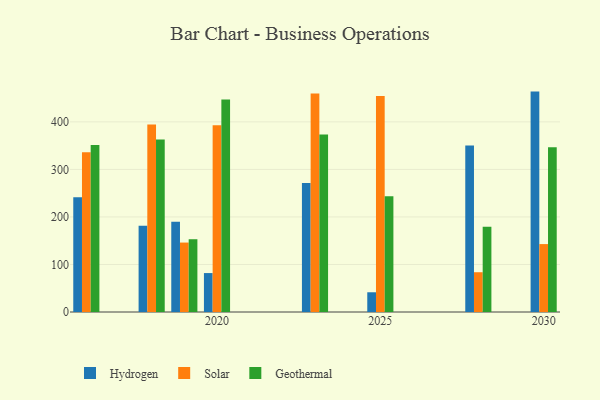
{"axis": {"x": "Year", "y": "Latency (ms)"}, "legend": ["Geothermal", "Hydrogen", "Solar"], "data": [{"x": "2020", "y": 81.9, "type": "Hydrogen"}, {"x": "2020", "y": 392.9, "type": "Solar"}, {"x": "2020", "y": 447.2, "type": "Geothermal"}, {"x": "2028", "y": 350.4, "type": "Hydrogen"}, {"x": "2028", "y": 83.7, "type": "Solar"}, {"x": "2028", "y": 179.5, "type": "Geothermal"}, {"x": "2018", "y": 181.3, "type": "Hydrogen"}, {"x": "2018", "y": 394.4, "type": "Solar"}, {"x": "2018", "y": 362.8, "type": "Geothermal"}, {"x": "2023", "y": 271.3, "type": "Hydrogen"}, {"x": "2023", "y": 459.6, "type": "Solar"}, {"x": "2023", "y": 373.4, "type": "Geothermal"}, {"x": "2016", "y": 241.4, "type": "Hydrogen"}, {"x": "2016", "y": 336.1, "type": "Solar"}, {"x": "2016", "y": 351.3, "type": "Geothermal"}, {"x": "2025", "y": 41.5, "type": "Hydrogen"}, {"x": "2025", "y": 454.4, "type": "Solar"}, {"x": "2025", "y": 243.6, "type": "Geothermal"}, {"x": "2030", "y": 463.7, "type": "Hydrogen"}, {"x": "2030", "y": 142.9, "type": "Solar"}, {"x": "2030", "y": 346.7, "type": "Geothermal"}, {"x": "2019", "y": 190.0, "type": "Hydrogen"}, {"x": "2019", "y": 146.1, "type": "Solar"}, {"x": "2019", "y": 153.1, "type": "Geothermal"}]}